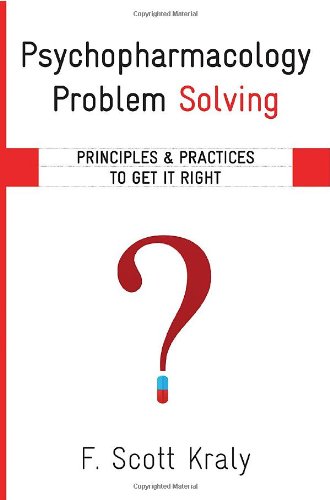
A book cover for Psychopharmacology Problem Solving: Principles and Practices to Get It Right (Norton Professional Books); F. Scott Kraly; Medical Books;